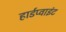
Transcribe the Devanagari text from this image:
हार्डप्वाइंट